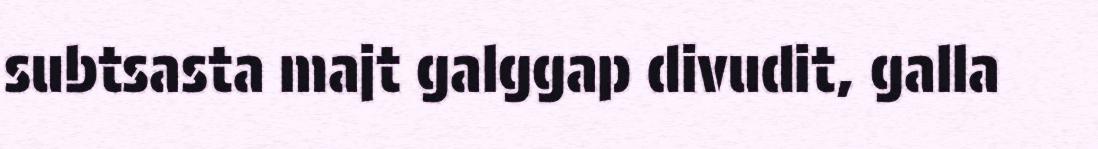
subtsasta majt galggap divudit, galla